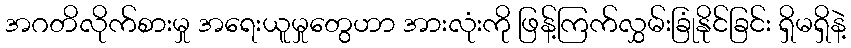
အဂတိလိုက်စားမှု အရေးယူမှုတွေဟာ အားလုံးကို ဖြန့်ကြက်လွှမ်းခြုံနိုင်ခြင်း ရှိမရှိနဲ့